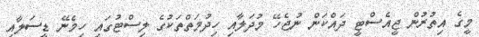
މީގެ އިތުރުން ޖީއެސްޓީ ދައްކަން ނުޖެހޭ މުދަލާއި ހިދުމަތްތަކުގެ ލިސްޓުގައި ހިމެނޭ ޑީސަލާއި